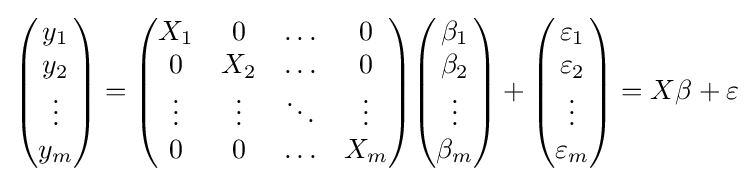
{\begin{pmatrix}y_{1}\\y_{2}\\\vdots \\y_{m}\end{pmatrix}}={\begin{pmatrix}X_{1}&0&\ldots &0\\0&X_{2}&\ldots &0\\\vdots &\vdots &\ddots &\vdots \\0&0&\ldots &X_{m}\end{pmatrix}}{\begin{pmatrix}\beta _{1}\\\beta _{2}\\\vdots \\\beta _{m}\end{pmatrix}}+{\begin{pmatrix}\varepsilon _{1}\\\varepsilon _{2}\\\vdots \\\varepsilon _{m}\end{pmatrix}}=X\beta +\varepsilon